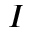
I